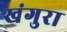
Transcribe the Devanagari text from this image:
खंगुरा